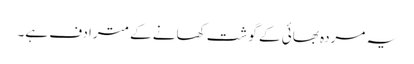
یہ مردہ بھائی کے گوشت کھانے کے مترادف ہے۔